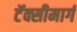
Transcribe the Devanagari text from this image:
टॅक्सीमार्ग